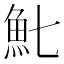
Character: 𩵐